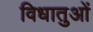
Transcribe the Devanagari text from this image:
विधातुओं